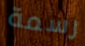
رسمة